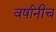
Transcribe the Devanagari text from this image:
वर्षांनीच